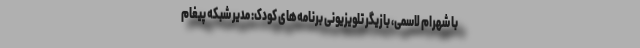
با شهرام لاسمی، بازیگر تلویزیونی برنامه‌های کودک: مدیر شبکه پیغام